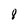
Character: 8